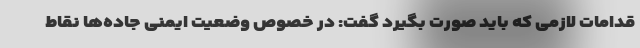
قدامات لازمی که باید صورت بگیرد گفت: در خصوص وضعیت ایمنی جاده‌ها نقاط